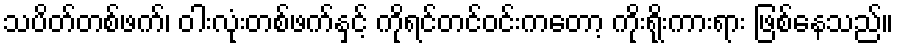
သပိတ်တစ်ဖက်၊ ဝါးလုံးတစ်ဖက်နှင့် ကိုရင်တင်ဝင်းကတော့ ကိုးရိုးကားရား ဖြစ်နေသည်။